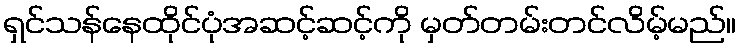
ရှင်သန်နေထိုင်ပုံအဆင့်ဆင့်ကို မှတ်တမ်းတင်လိမ့်မည်။